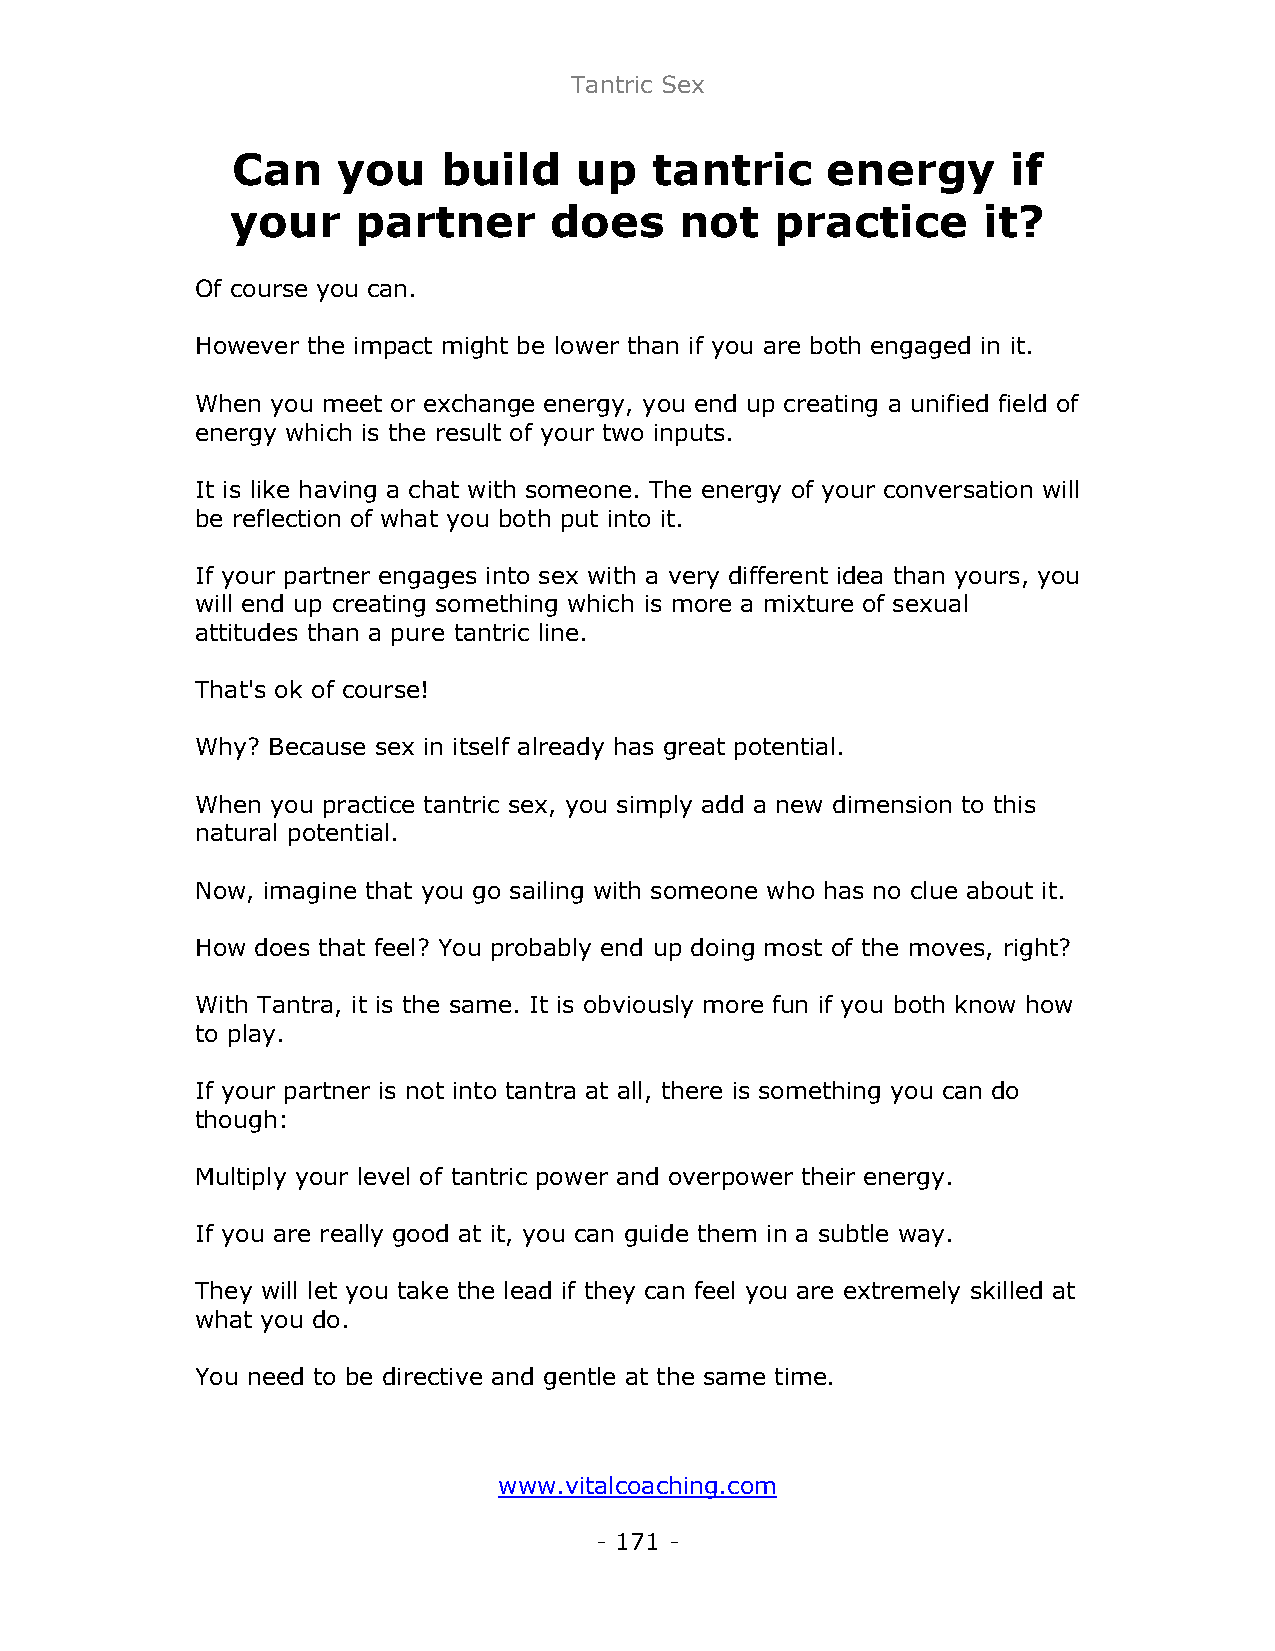
Tantric Sex
 Can    you    build    up   tantric     energy      if
 your     partner     does     not   practice      it?
 Of course you can.
 However the impact might be lower than if you are both engaged in it.
 When you meet or exchange energy, you end up creating a unified field of
 energy which is the result of your two inputs.
 It is like having a chat with someone. The energy of your conversation will
 be reflection of what you both put into it.
 If your partner engages into sex with a very different idea than yours, you
 will end up creating something which is more a mixture of sexual
 attitudes than a pure tantric line.
 That's ok of course!
 Why? Because sex in itself already has great potential.
 When you practice tantric sex, you simply add a new dimension to this
 natural potential.
 Now, imagine that you go sailing with someone who has no clue about it.
 How does that feel? You probably end up doing most of the moves, right?
 With Tantra, it is the same. It is obviously more fun if you both know how
 to play.
 If your partner is not into tantra at all, there is something you can do
 though:
 Multiply your level of tantric power and overpower their energy.
 If you are really good at it, you can guide them in a subtle way.
 They will let you take the lead if they can feel you are extremely skilled at
 what you do.
 You need to be directive and gentle at the same time.
 www.vitalcoaching.com
 - 171 -